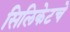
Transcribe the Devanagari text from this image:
सिलिकेटचे